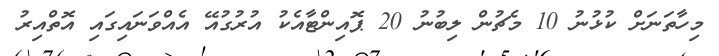
މިހާތަނަށް ކުޅުނު 10 މެޗުން ލިބުނު 20 ޕޮއިންޓާއެކު އުރުގުއޭ އެއްވަނައިގައި އޮތްއިރު